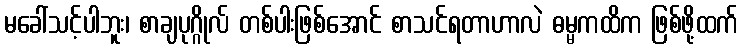
မခေါ်သင့်ပါဘူး၊ စာချပုဂ္ဂိုလ် တစ်ပါးဖြစ်အောင် စာသင်ရတာဟာလဲ ဓမ္မကထိက ဖြစ်ဖို့ထက်